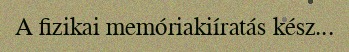
A fizikai memóriakiíratás kész...